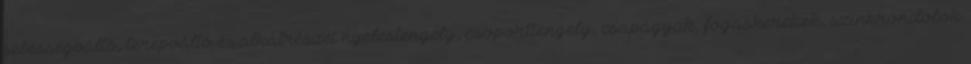
sebességváltó, terepváltó és alkatrészei nyelestengely, csoporttengely, csapágyak, fogaskerekek, szinkrondobok